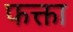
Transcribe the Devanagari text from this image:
फक्ता